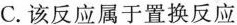
C.该反应属于置换反应